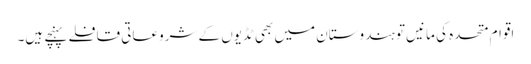
اقوام متحدہ کی مانیں تو ہندوستان میں بھی ٹڈیوں کے شروعاتی قافلے پہنچے ہیں۔